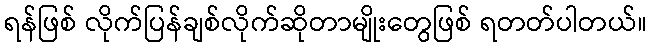
ရန်ဖြစ် လိုက်ပြန်ချစ်လိုက်ဆိုတာမျိုးတွေဖြစ် ရတတ်ပါတယ်။